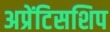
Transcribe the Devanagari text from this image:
अप्रेंटिसशिप